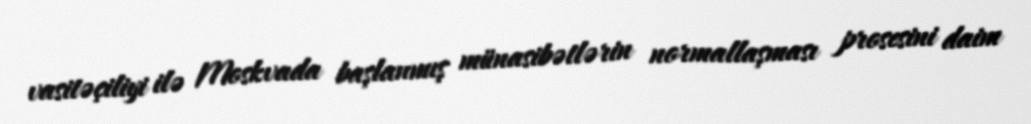
vasitəçiliyi ilə Moskvada başlanmış münasibətlərin normallaşması prosesini daim